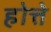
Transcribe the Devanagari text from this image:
होत्ते